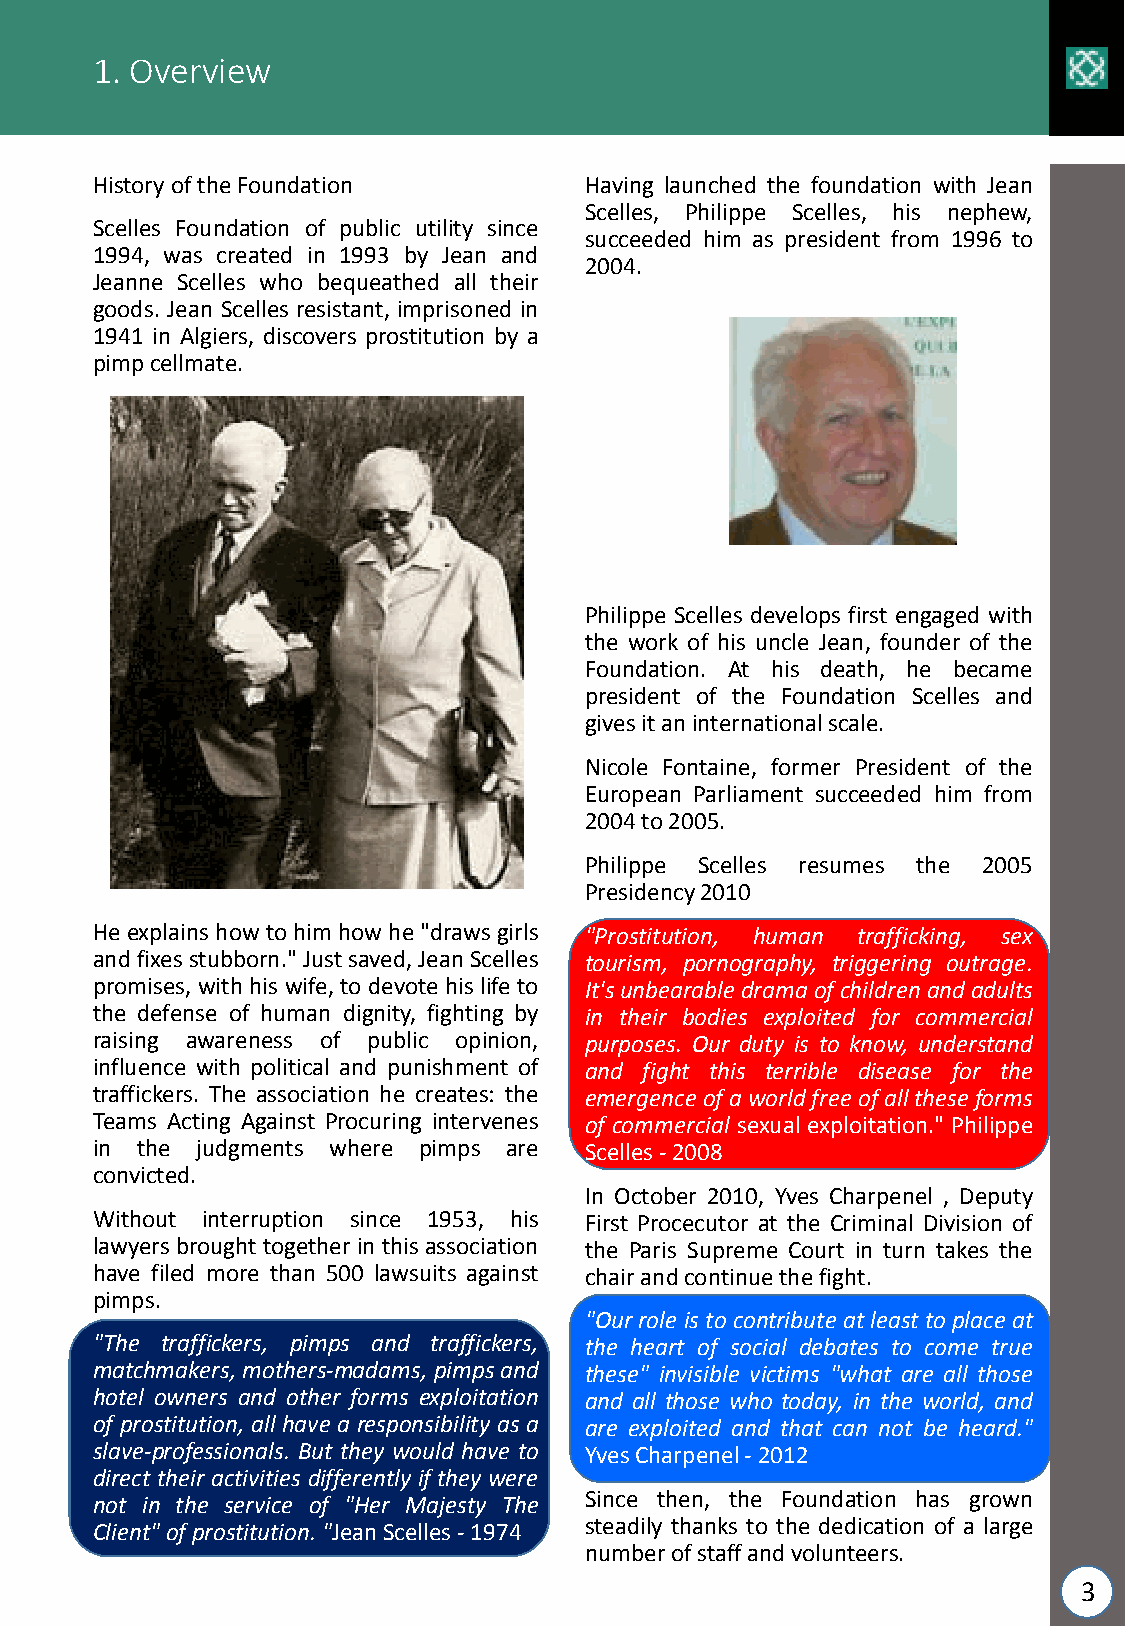
1. Overview
 HistoryoftheFoundation           Having launched the foundation with Jean
 Scelles, Philippe Scelles, his nephew,
 Scelles Foundation of public utility since
 succeeded him as president from 1996 to
 1994, was created in 1993 by Jean and
 2004.
 Jeanne Scelles who bequeathed all their
 goods. Jean Scelles resistant, imprisoned in
 1941 in Algiers, discovers prostitution by a
 pimpcellmate.
 Philippe Scelles develops first engaged with
 the work of his uncle Jean, founder of the
 Foundation. At his death, he became
 president of the Foundation Scelles and
 givesitaninternationalscale.
 Nicole Fontaine, former President of the
 European Parliament succeeded him from
 2004to2005.
 Philippe Scelles resumes the 2005
 Presidency2010
 He explainshowtohimhowhe"drawsgirls "Prostitution, human trafficking, sex
 andfixesstubborn."Justsaved,JeanScelles tourism, pornography, triggering outrage.
 promises, with his wife, to devotehis life to It'sunbearabledramaofchildrenandadults
 the defense of human dignity, fighting by in their bodies exploited for commercial
 raising awareness of public opinion, purposes. Our duty is to know, understand
 influence with political and punishment of and fight this terrible disease for the
 traffickers. The association he creates: the emergenceofaworldfreeofalltheseforms
 Teams Acting Against Procuring intervenes of commercial sexual exploitation." Philippe
 in the judgments where pimps are Scelles-2008
 convicted.
 In October 2010, Yves Charpenel , Deputy
 Without interruption since 1953, his First Procecutor at the Criminal Division of
 lawyers broughttogether in thisassociation the Paris Supreme Court in turn takes the
 have filed more than 500 lawsuits against chairandcontinuethefight.
 pimps.
 "Ourrole is tocontribute at leasttoplace at
 "The traffickers, pimps and traffickers, the heart of social debates to come true
 matchmakers, mothers-madams, pimpsand these" invisible victims "what are all those
 hotel owners and other forms exploitation and all those who today, in the world, and
 of prostitution, all have a responsibility as a are exploited and that can not be heard."
 slave-professionals. But they would have to YvesCharpenel-2012
 direct their activities differently if they were
 not in the service of "Her Majesty The Since then, the Foundation has grown
 Client"ofprostitution."JeanScelles-1974 steadily thanks to the dedication of a large
 numberofstaffandvolunteers.
 3